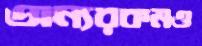
অন্যরকমও